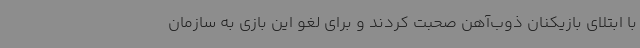
با ابتلای بازیکنان ذوب‌آهن صحبت کردند و برای لغو این بازی به سازمان